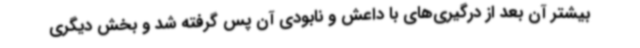
بیشتر آن بعد از درگیری‌های با داعش و نابودی آن پس گرفته شد و بخش دیگری